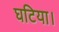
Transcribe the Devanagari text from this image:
घटिया।